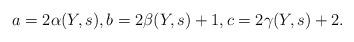
LaTeX: \begin{align*}a = 2\alpha(Y, s), b = 2\beta(Y, s) + 1, c = 2\gamma(Y, s) + 2.\end{align*}